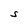
Character: S